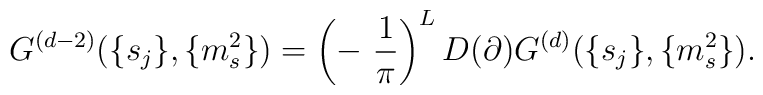
G^{(d-2)}(\{s_j\},\{m_s^2\})=\left(-~\frac{1}{\pi}\right)^LD(\partial)G^{(d)}(\{s_j\},\{m_s^2\}).